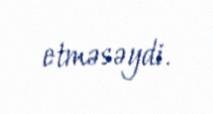
etməsəydi.